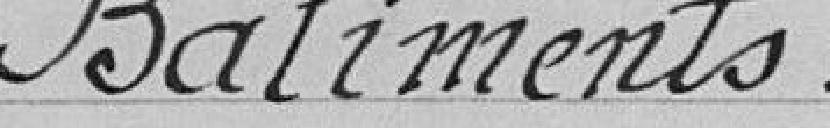
Bâtiments